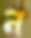
ন